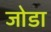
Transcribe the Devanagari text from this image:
जाेडा